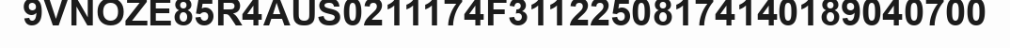
9VNOZE85R4AUS0211174F31122508174140189040700